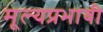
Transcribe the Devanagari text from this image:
मूल्यप्रभावी